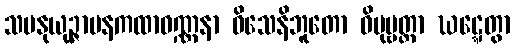
သမနုယုဉ္ဇာပနကထာဝဏ္ဏနာ ဝိသေနိဘူတော ဝိပုဗ္ဗတ္တာ ဃဋ္ဋေတွာ